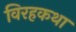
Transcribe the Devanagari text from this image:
विरहकथा